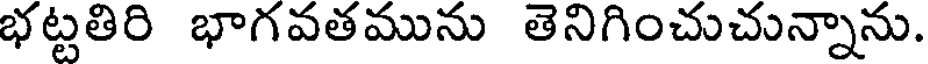
భట్టతిరి భాగవతమును తెనిగించుచున్నాను.